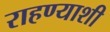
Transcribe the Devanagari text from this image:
राहण्याशी